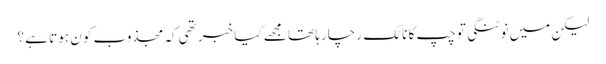
لیکن میں نوٹنگی تو چپ کا ناٹک رچا رہا تھا مجھے کیا خبر تھی کہ مجذوب کو ن ہوتا ہے ؟